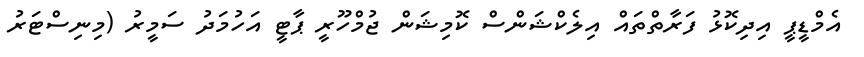
އެމްޑީޕީ އިދިކޮޅު ފަރާތްތައް އިލެކްޝަންސް ކޮމިޝަން ޖުމްހޫރީ ޕާޓީ އަހުމަދު ސަމީރު (މިނިސްޓަރު